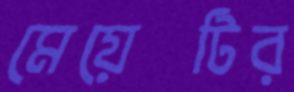
মেয়েটির